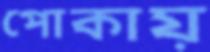
পোকায়